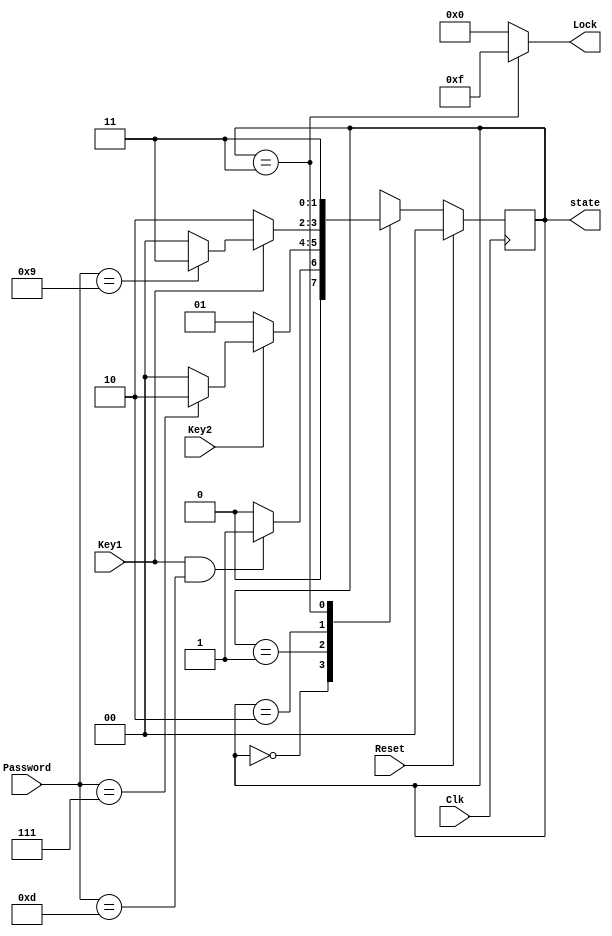
module combination_lock_fsm(
    output reg [1:0] state,
    output wire [3:0] Lock, //asserted when locked
    input wire Key1, //unlock button 0
    input wire Key2, //unlock button 1
    input wire [3:0] Password, //indicate number
    input wire Reset, //reset
    input wire Clk //clock
);

    //possible states of the machine
    parameter S0 = 4'b00,
              S1 = 4'b01,
              S2 = 4'b10,
              S3 = 4'b11;
    
    //assigns lock with 1111 if the state is S4
    //and 0000 if otherwise          
    assign Lock = (state == S3) ? 4'b1111 : 4'b0000;
    reg [1:0] nextState;
    
    //describe next state logic
    always @(*)//combinational logic
        case(state)//case dependent one what state the circuit is in
            S0: begin//first possible state
                if(Key1 == 1 && Password == 4'b1101)
                    nextState = S1;//if conditions met, move on to next state
                else
                    nextState = S0;
            end
                    
            S1: begin//second possible state
                if(Key2)
                    if(Password == 4'b0111)
                        nextState = S2;//if conditions are met, move on to next state
                    else
                        nextState = S0;//wrong password resets circuit
                else
                    nextState = S1;//if Key2 is not pressed, hold state
            end
            
            S2: begin
                if(Key1)
                    if(Password == 4'b1001)
                        nextState = S3;
                    else
                        nextState = S0;
                else
                    nextState = S2;
            end
            
            S3: begin
                nextState = S3;
            end
            /*S3: begin
                if(Key2)
                    if(Password == 4'b0001)
                        nextState = S4;
                    else
                        nextState = S0;
                else
                    nextState = S3;
            end
            
            S4: begin
                nextState = S4;//final state
            end*/
        endcase
        
    always @(posedge Clk)//when clock is triggered
        if(Reset) //reset state
            state <= S0;
        else//set new state
            state <= nextState;
                
                  
endmodule